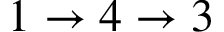
1 \rightarrow 4 \rightarrow 3